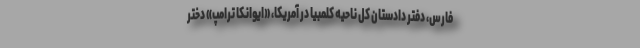
فارس، دفتر دادستان کل ناحیه کلمبیا در آمریکا، «ایوانکا ترامپ» دختر